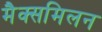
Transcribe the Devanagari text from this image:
मैक्समिलन